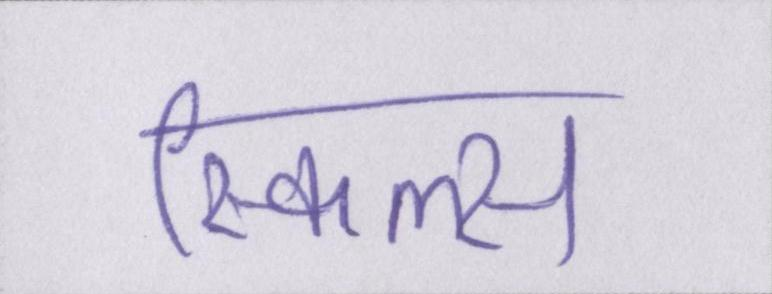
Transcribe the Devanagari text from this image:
स्किल्स